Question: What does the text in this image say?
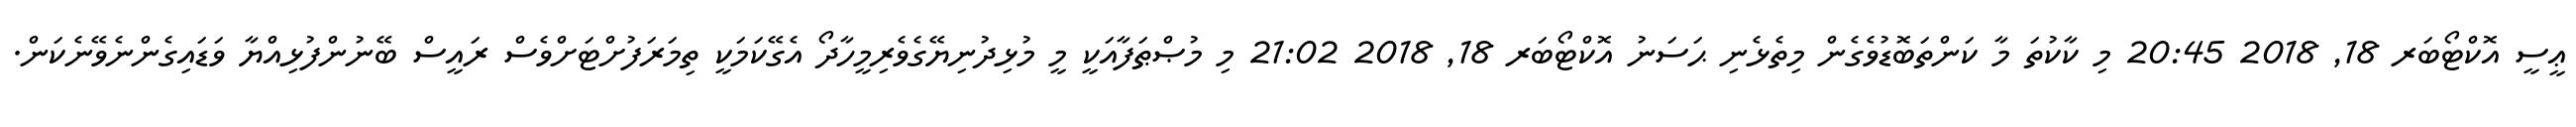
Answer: ޢީސީ އޮކްޓޯބަރ 18, 2018 20:45 މި ކާކުތަ މާ ކަންތަބޮޑުވެގެން މިތެޅެނި ޙަސަނު އޮކްޓޯބަރ 18, 2018 21:02 މި މުޞްޠަފާއަކީ މީ މުޅިދުނިޔޭގެވެރިމީހާދޯ އެގޭކަމަކީ ތިމަރަފުށްޓަށްވެސް ރައީސް ބޭނުންފުޅިއްޔާ ވަޑައިގެންނެވޭނެކަން.